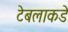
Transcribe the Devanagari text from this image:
टेबलाकडे